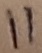
Text: 11